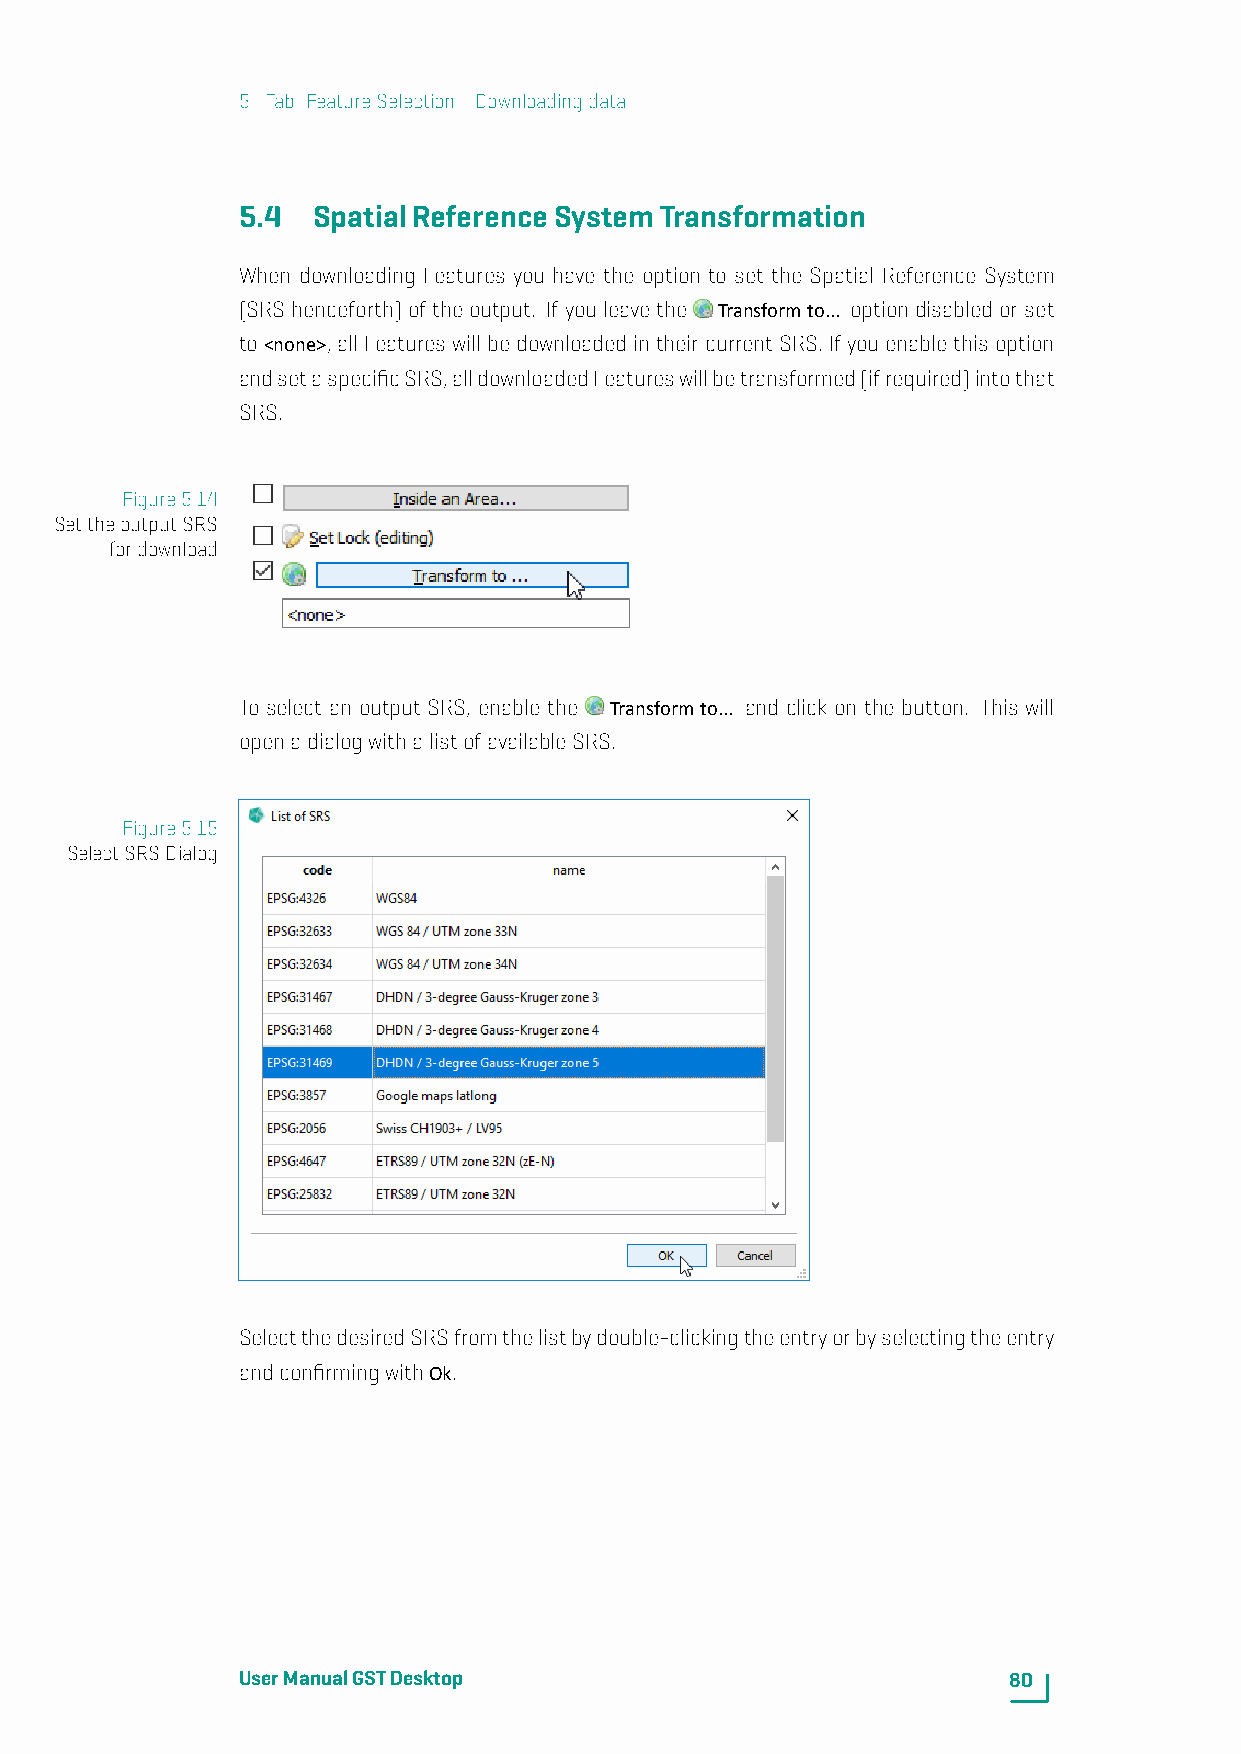
5. Tab: FeatureSelection-Downloadingdata
 5.4  SpatialReferenceSystemTransformation
 When downloading Features you have the option to set the Spatial Reference System
 (SRS henceforth) of the output. If you leave the Transformto... option disabled or set
 to<none>, allFeatureswillbedownloadedintheircurrentSRS.Ifyouenablethisoption
 andsetaspecificSRS,alldownloadedFeatureswillbetransformed(ifrequired)intothat
 SRS.
 Figure5.14
 SettheoutputSRS
 fordownload
 To select an output SRS, enable the Transformto... and click on the button. This will
 openadialogwithalistofavailableSRS.
 Figure5.15
 SelectSRSDialog
 SelectthedesiredSRSfromthelistbydouble-clickingtheentryorbyselectingtheentry
 andconfirmingwithOk.
 UserManualGSTDesktop                               80